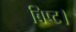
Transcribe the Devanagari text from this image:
बिष्ट।